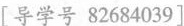
[导学员82684039]